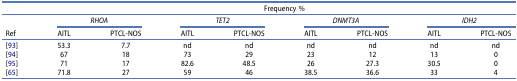
<table><thead><tr><td><b> </b></td><td colspan="8"><b>Frequency %</b></td></tr><tr><td><b> </b></td><td colspan="2"><b><i>RHOA</i></b></td><td colspan="2"><b><i>TET2</i></b></td><td colspan="2"><b><i>DNMT3A</i></b></td><td colspan="2"><b><i>IDH2</i></b></td></tr><tr><td><b>Ref</b></td><td><b>AITL</b></td><td><b>PTCL-NOS</b></td><td><b>AITL</b></td><td><b>PTCL-NOS</b></td><td><b>AITL</b></td><td><b>PTCL-NOS</b></td><td><b>AITL</b></td><td><b>PTCL-NOS</b></td></tr></thead><tbody><tr><td>[93]</td><td>53.3</td><td>7.7</td><td>nd</td><td>nd</td><td>nd</td><td>nd</td><td>nd</td><td>nd</td></tr><tr><td>[94]</td><td>67</td><td>18</td><td>73</td><td>29</td><td>23</td><td>12</td><td>13</td><td>0</td></tr><tr><td>[95]</td><td>71</td><td>17</td><td>82.6</td><td>48.5</td><td>26</td><td>27.3</td><td>30.5</td><td>0</td></tr><tr><td>[65]</td><td>71.8</td><td>27</td><td>59</td><td>46</td><td>38.5</td><td>36.6</td><td>33</td><td>4</td></tr></tbody></table>